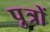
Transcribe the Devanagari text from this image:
पु़त्रों